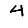
Digit: 4